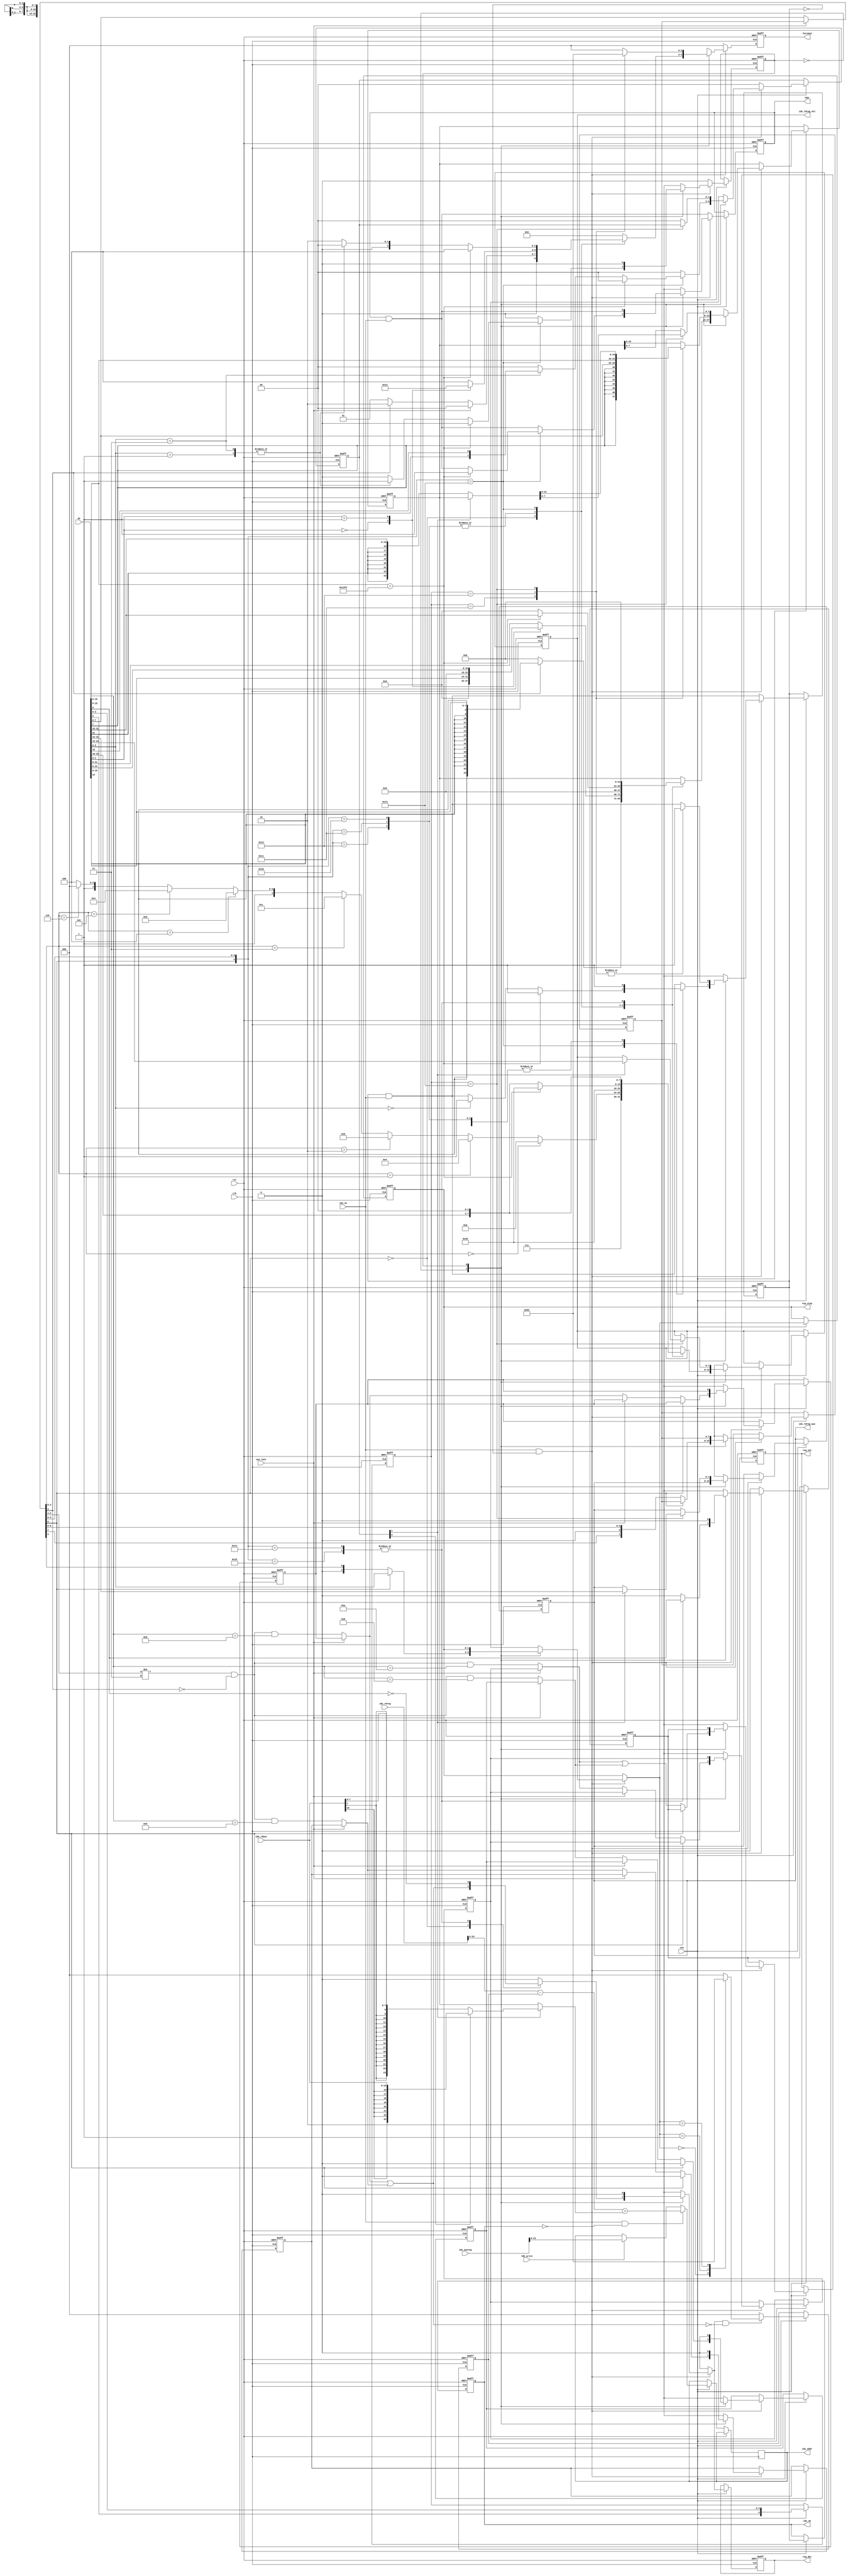
/*  This file is part of JT900H.
    JT900H program is free software: you can redistribute it and/or modify
    it under the terms of the GNU General Public License as published by
    the Free Software Foundation, either version 3 of the License, or
    (at your option) any later version.

    JT900H program is distributed in the hope that it will be useful,
    but WITHOUT ANY WARRANTY; without even the implied warranty of
    MERCHANTABILITY or FITNESS FOR A PARTICULAR PURPOSE.  See the
    GNU General Public License for more details.

    You should have received a copy of the GNU General Public License
    along with JT900H.  If not, see <http://www.gnu.org/licenses/>.

    Author: Jose Tejada Gomez. https://patreon.com/jotego
    Version: 1.0
    Date: 2-12-2021 */

module jt900h_idxaddr(
    input             rst,
    input             clk,
    input             cen,

    input      [31:0] op,
    input             use_last,
    input             idx_en,
    output reg [ 2:0] fetched,
    // To register bank
    // index register
    output reg [ 7:0] idx_rdreg_sel,
    input      [31:0] idx_rdreg,
    input      [31:0] idx_auxreg,
    output reg [ 1:0] reg_step,
    output reg        reg_inc,
    output reg        reg_dec,
    input             ldd_write,
    // offset register
    output reg [ 7:0] idx_rdreg_aux,
    input      [15:0] idx_rdaux,

    output reg        ldar,
    output reg        idx_ok,
    output reg [23:0] idx_addr
);

localparam [7:0] NULL=8'h40;

reg  [23:0] nx_idx_offset, idx_offset, aux24, nx_idx_addr;
reg  [ 1:0] ridx_mode, nx_ridx_mode,
            nx_reg_step;
reg         nx_xdehl_dec;
reg  [ 4:0] mode, nx_mode;
reg  [ 7:0] nx_idx_rdreg_sel, nx_idx_rdreg_aux;
reg         nx_reg_dec, nx_reg_inc,
            nx_pre_inc, pre_inc,
            nx_was_CPI, was_CPI,
            nx_was_CPD, was_CPD,
            nx_was_LDD, was_LDD,
            nx_was_LDI, was_LDI;
reg  [ 7:0] nx_opl, opl;
reg         phase, nx_phase, nx_pre_ok, pre_ok, nx_ldar;
wire [31:0] eff_op;
wire        is_LDD, is_LDI, is_CPD, is_CPI;
reg  [ 2:0] nx_pre_offset, pre_offset, nx_fetched;

assign eff_op = {op[31:8], use_last ? opl: op[7:0] };
// ignore the op LSB so it matches LDDR/CPDR/CPIR too
assign is_LDD = use_last ? was_LDD : eff_op[5:4]!=2'b11 && !eff_op[3] && eff_op[15:9]==7'h13>>1;
assign is_LDI = use_last ? was_LDI : eff_op[5:4]!=2'b11 && !eff_op[3] && eff_op[15:9]==7'h10>>1;
assign is_CPD = use_last ? was_CPD : eff_op[5:4]!=2'b11 && !eff_op[3] && eff_op[15:9]==7'h16>>1;
assign is_CPI = use_last ? was_CPI : eff_op[5:4]!=2'b11 && !eff_op[3] && eff_op[15:9]==7'h14>>1;

always @* begin
    aux24 = ridx_mode[0] ? { {8{idx_rdaux[15]}}, idx_rdaux} : { {16{idx_rdaux[7]}}, idx_rdaux[7:0]};
end

function [7:0] fullreg;
    input [2:0] rcode;
    fullreg = rcode==0 ? 8'he0 : // XWA
              rcode==1 ? 8'he4 : // XBC
              rcode==2 ? 8'he8 : // XDE
              rcode==3 ? 8'hec : // XHL
              rcode==4 ? 8'hf0 : // XIX
              rcode==5 ? 8'hf4 : // XIY
              rcode==6 ? 8'hf8 : // XIZ
                         8'hfc;  // XSP
endfunction

always @* begin
    if( nx_reg_dec && !(is_LDD || is_CPD))
        case( nx_reg_step )
            0: nx_pre_offset = 1;
            1: nx_pre_offset = 2;
            2: nx_pre_offset = 4;
            default: nx_pre_offset = 0;
        endcase
    else
        nx_pre_offset = 0;
end

always @* begin
    nx_fetched       = 0;
    nx_mode          = {op[6],op[3:0]};
    nx_ridx_mode     = 0;
    nx_reg_step      = reg_step;
    nx_reg_inc       = pre_inc;
    nx_pre_inc       = 0;
    nx_reg_dec       = 0;
    nx_idx_offset    = idx_offset;
    nx_idx_rdreg_sel = idx_rdreg_sel;
    nx_phase         = 0;
    nx_pre_ok        = pre_ok & idx_en;
    nx_ldar          = ldar & idx_en;
    nx_idx_addr      = idx_en && !idx_ok ?
        (idx_rdreg[23:0] - {20'd0,pre_offset} + (ridx_mode[1] ?  aux24 : idx_offset)) :
        ldd_write ? idx_auxreg[23:0] : idx_addr;
    nx_idx_rdreg_aux = idx_rdreg_aux;
    nx_opl           = opl;
    nx_was_LDD       = was_LDD;
    nx_was_LDI       = was_LDI;
    nx_was_CPD       = was_CPD;
    nx_was_CPI       = was_CPI;
    if( idx_en && !pre_ok ) begin
        nx_was_LDD = 0;
        nx_was_LDI = 0;
        case( phase )
            0: begin
                nx_fetched    = 2;
                nx_reg_step= op[9:8];
                casez( {eff_op[6],eff_op[3:0]} ) // See 900H_CPU_BOOK_CP3.pdf Page 43
                    5'b0_????: begin // this section may operate with the previous op
                        nx_idx_rdreg_sel = fullreg(eff_op[2:0]);
                        nx_idx_offset    = eff_op[3] ? { {16{eff_op[15]}}, eff_op[15:8] } : 24'd0;
                        nx_pre_ok        = 1;
                        nx_reg_dec       = is_CPD || is_LDD;
                        nx_reg_inc       = is_CPI || is_LDI;
                        nx_was_LDD       = use_last ? was_LDD : is_LDD;
                        nx_was_LDI       = use_last ? was_LDI : is_LDI;
                        nx_was_CPD       = use_last ? was_CPD : is_CPD;
                        nx_was_CPI       = use_last ? was_CPI : is_CPI;
                        nx_reg_step      = {1'b0,eff_op[4]};
                        nx_opl           = use_last ? opl : op[7:0]; // remember it, in case we are in a LDD instruction
                        nx_fetched          = use_last ? 0 : eff_op[3] ? 3'd2: 3'd1;
                    end
                    5'h10,5'h11,5'h12: begin // memory address as immediate data
                        nx_idx_rdreg_sel = NULL;
                        case( op[1:0] )
                            0: begin
                                nx_idx_offset = { 16'd0, op[15:8] };
                                nx_fetched       = 2;
                            end
                            1: begin
                                nx_idx_offset = {  8'd0, op[23:8] };
                                nx_fetched       = 3;
                            end
                            default: begin
                                nx_idx_offset = op[31:8];
                                nx_fetched       = 4;
                            end
                        endcase
                        nx_pre_ok = 1;
                    end
                    5'h13: begin
                        if( op[15:0]==16'h13f3 ) begin // LDAR
                            nx_idx_rdreg_sel = NULL;
                            nx_idx_offset    = { 8'd0, op[31:16] };
                            nx_fetched       = 4;
                            nx_ldar          = 1;
                            nx_pre_ok        = 1;
                        end else begin // (r32) (r32+d16) (r32+r8) (r32+r16)
                            nx_idx_rdreg_sel = {op[15:10],2'd0};
                            nx_idx_offset = 0;
                            case( op[9:8] )
                                0: nx_pre_ok = 1;
                                1: begin
                                    nx_phase  = 1;
                                    nx_fetched   = 0; // data fetch will be done in phase 1
                                end
                                3: begin
                                    nx_phase  = 1;
                                    nx_fetched   = 0; // data fetch will be done in phase 1
                                    nx_ridx_mode = { 1'b1, op[10] };
                                end
                                default:;
                            endcase
                        end
                    end
                    5'h14,5'h15: begin // (-r32) (r32+)
                        nx_idx_rdreg_sel = {op[15:10],2'd0};
                        nx_idx_offset    = 0;
                        nx_reg_dec       = !op[0];
                        nx_pre_inc       =  op[0];
                        nx_pre_ok        = 1;
                    end
                    default:;
                endcase
                end
            1: begin
                case(mode)
                    5'h11: begin
                        nx_idx_offset[23:8] = { {8{op[7]}}, op[7:0] };
                        nx_pre_ok           = 1;
                        nx_fetched          = 1;
                    end
                    5'h12: begin
                        nx_idx_offset[23:8] = op[15:0];
                        nx_pre_ok           = 1;
                        nx_fetched          = 2;
                    end
                    5'h13: begin
                        nx_ridx_mode = ridx_mode;
                        if( !ridx_mode[1] ) begin
                            nx_idx_offset = { {8{op[31]}}, op[31:16] };
                            nx_pre_ok     = 1;
                            nx_fetched       = 4;
                        end else begin
                            nx_idx_rdreg_sel = op[23:16];
                            nx_idx_rdreg_aux = op[31:24];
                            nx_pre_ok        = 1;
                            nx_fetched       = 4;
                        end
                    end
                    default:;
                endcase
                end
            endcase
    end
end

always @(posedge clk, posedge rst) begin
    if( rst ) begin
        fetched <= 0;
    end else begin
        fetched <= nx_fetched;
    end
end

always @(posedge clk, posedge rst) begin
    if( rst ) begin
        pre_ok        <= 0;
        idx_ok        <= 0;
        mode          <= 0;
        ridx_mode     <= 0;
        reg_step      <= 0;
        reg_inc       <= 0;
        pre_inc       <= 0;
        reg_dec       <= 0;
        phase         <= 0;
        opl           <= 0;
        idx_rdreg_sel <= 0;
        idx_rdreg_aux <= 0;
        idx_offset    <= 0;
        was_LDD       <= 0;
        was_LDI       <= 0;
        was_CPD       <= 0;
        was_CPI       <= 0;
        pre_offset    <= 0;
        ldar          <= 0;
    end else if(cen) begin
        phase         <= nx_phase;
        mode          <= nx_mode;
        ridx_mode     <= nx_ridx_mode;
        reg_step      <= nx_reg_step;
        reg_inc       <= nx_reg_inc;
        pre_inc       <= nx_pre_inc;
        reg_dec       <= nx_reg_dec;
        pre_ok        <= nx_pre_ok;
        idx_ok        <= pre_ok;
        idx_rdreg_sel <= nx_idx_rdreg_sel;
        idx_rdreg_aux <= nx_idx_rdreg_aux;
        idx_offset    <= nx_idx_offset;
        idx_addr      <= nx_idx_addr;
        opl           <= nx_opl;
        was_LDD       <= nx_was_LDD;
        was_LDI       <= nx_was_LDI;
        was_CPD       <= nx_was_CPD;
        was_CPI       <= nx_was_CPI;
        pre_offset    <= nx_pre_offset;
        ldar          <= nx_ldar;
    end
end

endmodule